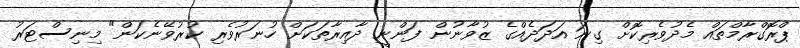
ޕްރޮގްރާމްތައް މެދުވެރިކޮށް ގިނަ އަދަދެއްގެ ޒުވާނުން ފަންނީ ދާއިރާތަކަށް ހުނަރުވެރި ކުރުވޭނެކަން" މިނިސްޓަރު